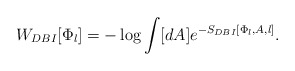
\begin{align*}W_{DBI}[\Phi_l]=-\log\int [dA]e^{-S_{DBI}[\Phi_l,A,l]}.\end{align*}